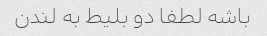
باشه لطفا دو بلیط به لندن